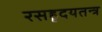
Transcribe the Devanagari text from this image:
रसहृदयतन्त्र